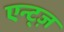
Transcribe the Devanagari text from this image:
एन्ट्ज़